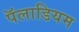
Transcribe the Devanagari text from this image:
पॅलाडियम